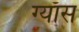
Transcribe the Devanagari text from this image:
ग्याँस